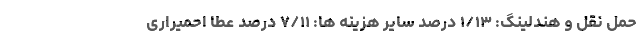
حمل نقل و هندلینگ: ۱/۱۳ درصد سایر هزینه ها: ۷/۱۱ درصد عطا احمیراری